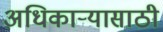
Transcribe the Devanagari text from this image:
अधिकाऱ्यासाठी